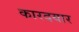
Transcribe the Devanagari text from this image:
कारदयार